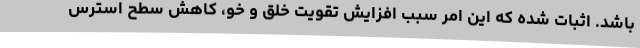
باشد. اثبات شده که این امر سبب افزایش تقویت خلق و خو، کاهش سطح استرس